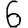
Digit: 6